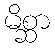
မိစ္ဆာ